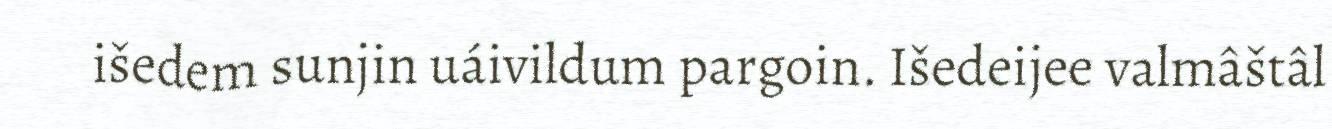
išedem sunjin uáivildum pargoin. Išedeijee valmâštâl